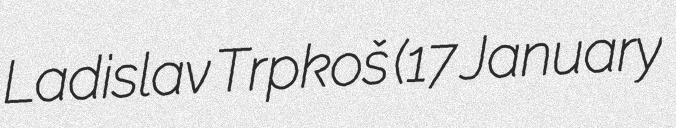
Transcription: Ladislav Trpkoš (17 January